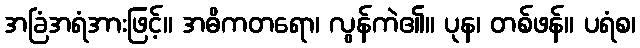
အခြံအရံအားဖြင့်။ အဓိကတရော၊ လွန်ကဲ၏။ ပုန၊ တစ်ဖန်။ ပရံစ၊